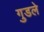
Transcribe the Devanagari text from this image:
गुडले